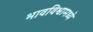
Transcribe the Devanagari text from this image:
भावविश्वामध्ये